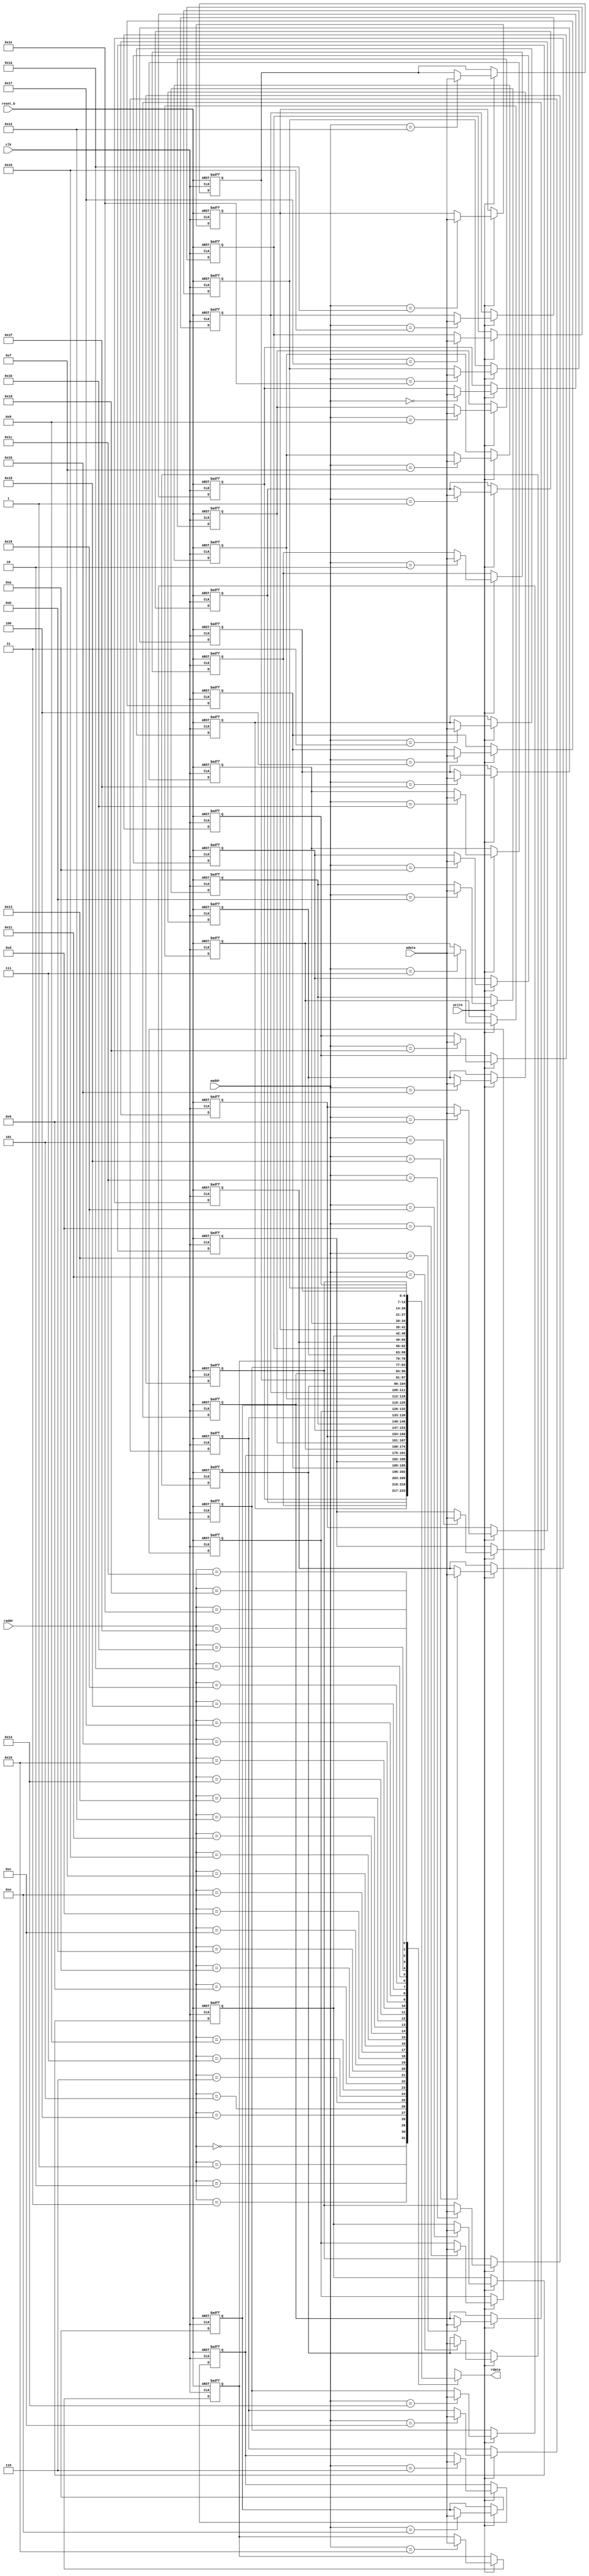
module memory_3
    #(parameter WIDTH = 7, DEPTH = 32, ADDR = 5)
    (
    input  wire             clk, reset_b, 
    input  wire             write,
    input  wire [ADDR -1:0] waddr, raddr,
    input  wire [WIDTH-1:0] wdata,
    output wire [WIDTH-1:0] rdata);
    integer i;
    reg [WIDTH-1:0] memory [DEPTH-1:0];
    assign rdata = memory [raddr]; 
    always @(posedge clk, negedge reset_b) 
        if (~reset_b) for (i = 0; i < DEPTH; i = i + 1) memory[i] <= 'd0;
        else if (write) memory [waddr] <= wdata;
endmodule